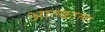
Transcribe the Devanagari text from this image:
आल्काला